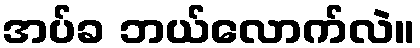
အပ်ခ ဘယ်လောက်လဲ။